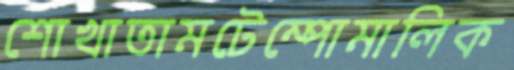
শোখাতামটেম্পোমালিক